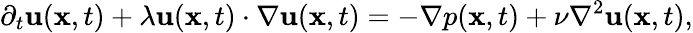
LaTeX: \partial_{t}{\mathbf u}({\mathbf x},t)+\lambda{\mathbf u}({\mathbf x},t)\cdot\nabla{\mathbf u}({\mathbf x},t)=-\nabla p({\mathbf x},t)+\nu\nabla^{2}{\mathbf u}({\mathbf x},t),